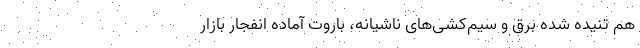
هم تنیده شده برق و سیم‌کشی‌های ناشیانه، باروت آماده انفجار بازار